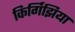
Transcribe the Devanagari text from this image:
किर्गिझिया